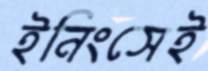
ইনিংসেই